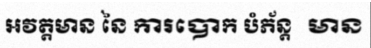
អវត្តមាន នៃ ការបោក បំភ័ន្ត  មាន